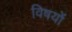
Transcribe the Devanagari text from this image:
विषयोंं